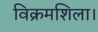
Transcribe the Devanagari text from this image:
विक्रमशिला।